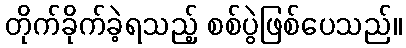
တိုက်ခိုက်ခဲ့ရသည့် စစ်ပွဲဖြစ်ပေသည်။